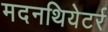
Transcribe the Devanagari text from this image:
मदनथियेटर्र